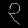
Digit: ၃